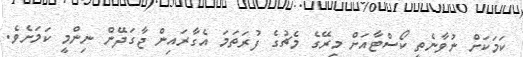
ކަމަކަށް ނުވާނެތީ ކޯސްޓާއަށް މިރޭގެ މެޗުގެ ފުރަތަމަ އެގާރައިން ޖާގަދޭން ނިންމީ ކަމަށެވެ.